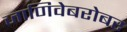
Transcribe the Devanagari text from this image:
जाणिवेबरोबर